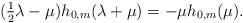
LaTeX: \begin{align*}\mbox{$(\frac{1}{2}\lambda-\mu)h_{0,m}(\lambda+\mu)=-\mu h_{0,m}(\mu).$}\end{align*}